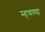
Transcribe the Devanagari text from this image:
म्हणण्या